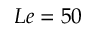
L e = 5 0